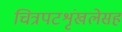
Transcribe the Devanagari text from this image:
चित्रपटशृंखलेसह